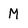
Character: M